Report on vaccination in the Province of Bengal - 1869-1873
Year: 1869
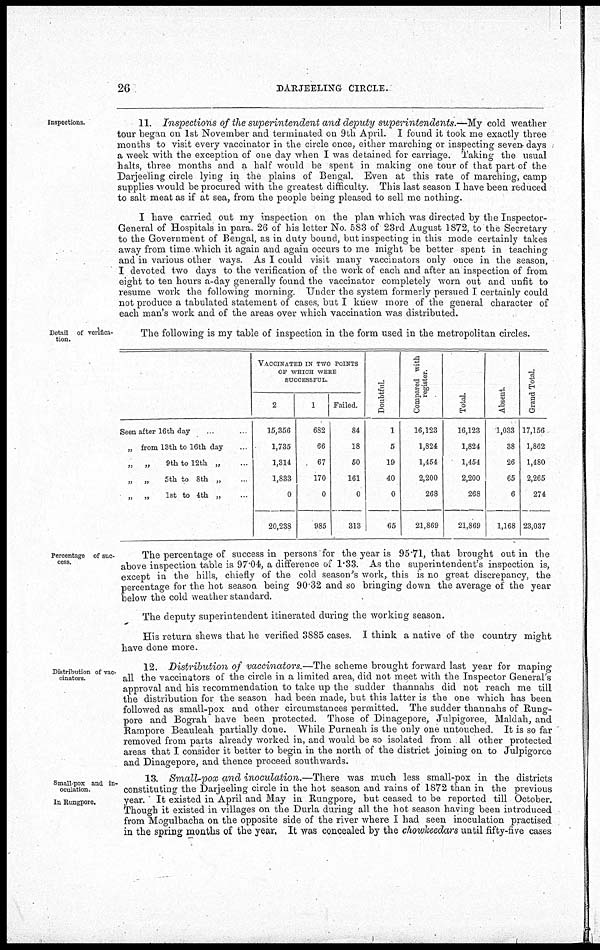
26
DARJEELING CIRCLE.
Inspections.
11. Inspections of the superintendent and deputy superintendents.—My
cold weather
tour began on 1st November and terminated on 9th April. I found it took me exactly three
months to visit every vaccinator in the circle once, either marching or inspecting seven days
a week with the exception of one day when I was detained for carriage. Taking the usual
halts, three months and a half would be spent in making one tour of that part of the
Darjeeling circle lying in the plains of Bengal. Even at this rate of marching, camp
supplies would be procured with the greatest difficulty. This last season I have been reduced
to salt meat as if at sea, from the people being pleased to sell me nothing.
I have carried out my inspection on the plan which was directed by the Inspector-
General of Hospitals in para. 26 of his letter No. 583 of 23rd August 1872, to the Secretary
to the Government of Bengal, as in duty bound, but inspecting in this mode certainly takes
away from time which it again and again occurs to me might be better spent in teaching
and in various other ways. As I could visit many vaccinators only once in the season,
I devoted two days to the verification of the work of each and after an inspection of from
eight to ten hours a-day generally found the vaccinator completely worn out and unfit to
resume work the following morning. Under the system formerly persued I certainly could
not produce a tabulated statement of cases, but I knew more of the general character of
each man's work and of the areas over which vaccination was distributed.
Detail of verifica-
tion.
The following is my table of inspection in the form used in the metropolitan circles.
Seen after 16th day ... ...
„ from 13th to 16th day ...
„
„
9th to 12th „ ...
„
„
5th to 8th „ ...
„ „
1st to 4th „ ...
VACCINATED IN TWO POINTS
OF WHICH WERE
SUCCESSFUL.
2
15,356
1,735
1,314
1,833
0
20,238
1
682
66
67
170
0
985
Failed.
84
18
50
161
0
313
Doubtful.
1
5
19
40
0
65
Compared with
register.
16,123
1,824
1,454
2,200
268
21,869
Total.
16,123
1,824
1,454
2,200
268
21,869
Absent.
1,033
38
26
65
6
1,168
Grand Total.
17,156
1,862
1,480
2,265
274
23,037
Percentage of suc-
cess.
The percentage of success in persons for the year is 95.71, that brought out in the
above inspection table is 97.04, a difference of 1.33. As the superintendent's inspection is,
except in the hills, chiefly of the cold season's work, this is no great discrepancy, the
percentage for the hot season being 90 32 and so bringing down the average of the year
below the cold weather standard.
The deputy superintendent itinerated during the working season.
His return shews that he verified 3885 cases. I think a native of the country might
have done more.
Distribution of vac-
cinators.
12. Distribution of vaccinators.—The scheme brought forward last year for maping
all the vaccinators of the circle in a limited area, did not meet with the Inspector General's
approval and his recommendation to take up the sudder thannahs did not reach me till
the distribution for the season had been made, but this latter is the one which has been
followed as small-pox and other circumstances permitted. The sudder thannahs of Rung-
pore and Bograh have been protected. Those of Dinagepore, Julpigoree, Maldah, and
Rampore Beauleah partially done. While Purneah is the only one untouched. It is so far
removed from parts already worked in, and would be so isolated from all other protected
areas that I consider it better to begin in the north of the district joining on to Julpigoree
and Dinagepore, and thence proceed southwards.
Small-pox and in-
oculation.
In Rungpore.
13. Small-pox and inoculation.—There
was much less small-pox in the districts
constituting the Darjeeling circle in the hot season and rains of 1872 than in the previous
year. It existed in April and May in Rungpore, but ceased to be reported till October.
Though it existed in villages on the Durla during all the hot season having been introduced
from Mogulbacha on the opposite side of the river where I had seen inoculation practised
in the spring months of the year. It was concealed by the chowheedars until fifty-five cases